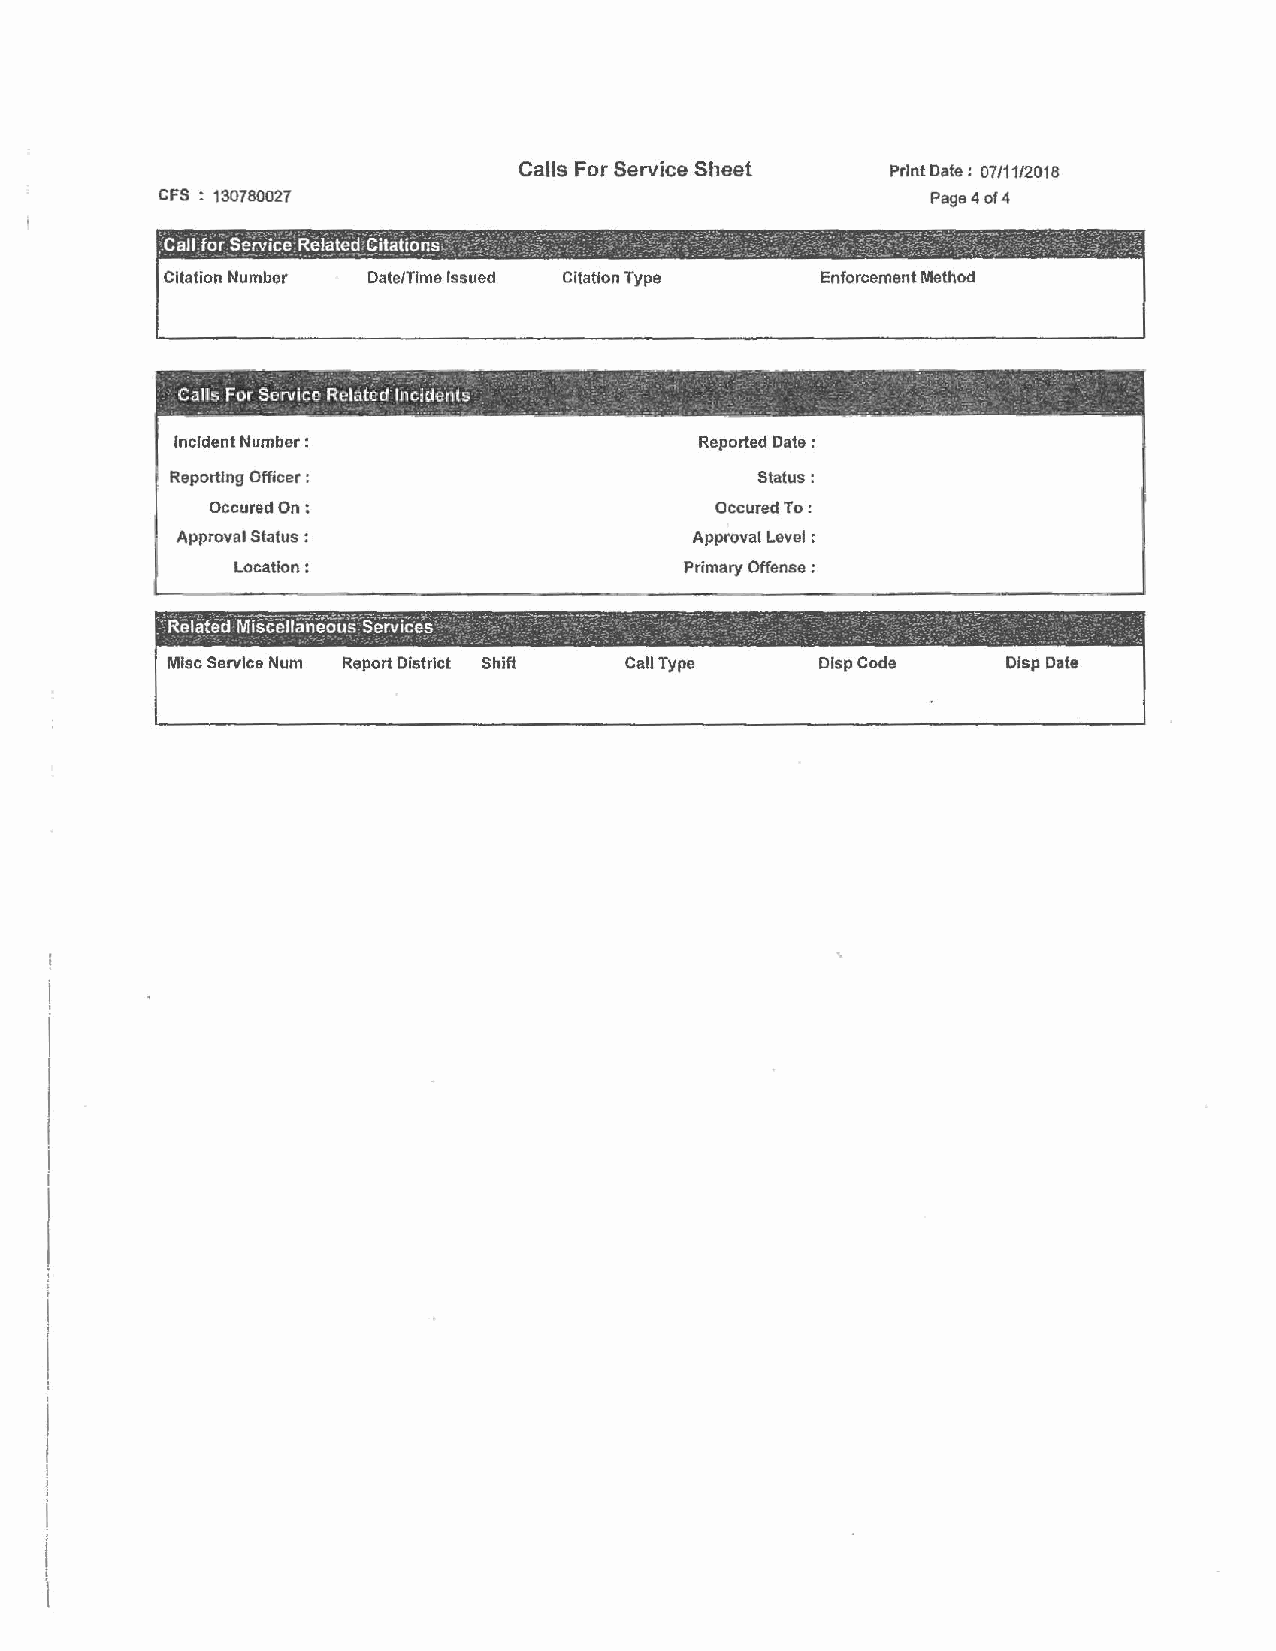
Calls For Service Sheet  Print Date: 07/11/2018
 CFS : 130780027                                    Page 4 of 4
 Citation Number Date/Time Issued Citation Type Enforcement Method
 Incident Number:                   Reported Date :
 Reporting Officer :                    Status:
 Occured On:                      Occured To:
 Approval Status :                  Approval Level :
 Location:                     Primary Offense :
 Misc Service Num Report District Shift Call Type Dlsp Code Disp Date